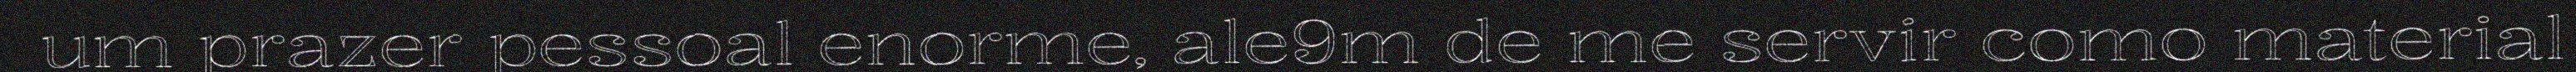
um prazer pessoal enorme, ale9m de me servir como material